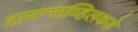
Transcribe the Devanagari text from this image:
टाउन्सव्हिलकडे